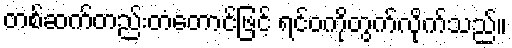
တစ်ဆက်တည်းတံတောင်ဖြင့် ရင်ဝကိုတွက်လိုက်သည်။